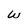
Character: w